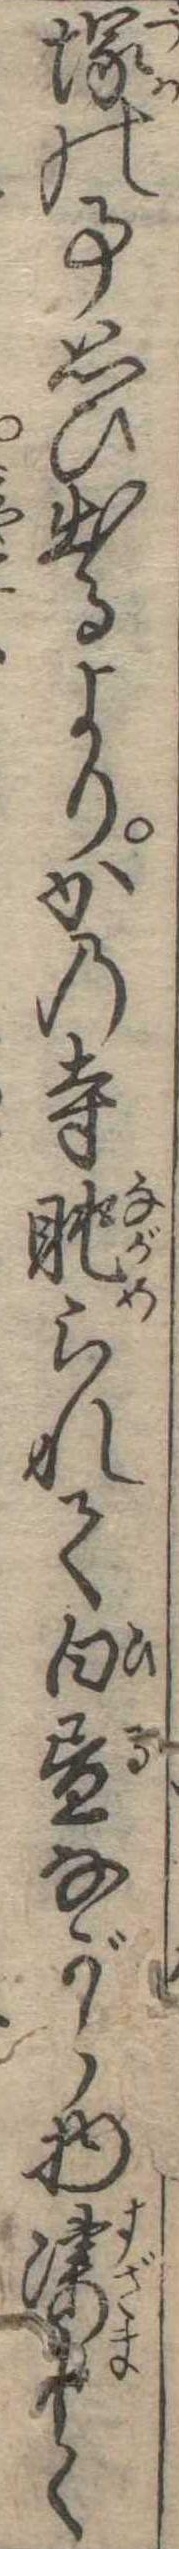
塚の事思ひ出るよりかの寺眺られて白昼ながら物凄しく